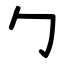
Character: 勹